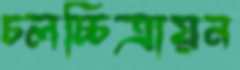
চলচ্চিত্রায়ন